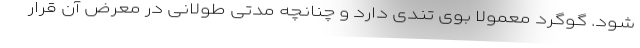
شود. گوگرد معمولا بوی تندی دارد و چنانچه مدتی طولانی در معرض آن قرار